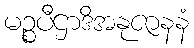
မဉ္စပီဌာဒိအနုဇာနနံ